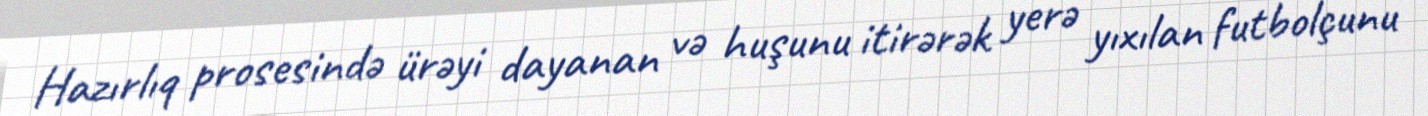
Hazırlıq prosesində ürəyi dayanan və huşunu itirərək yerə yıxılan futbolçunu